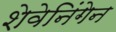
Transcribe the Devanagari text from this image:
शेवेनिंगेन